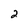
Character: 2